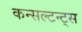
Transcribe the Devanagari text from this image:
कन्सल्टन्ट्स